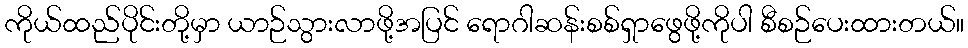
ကိုယ်ထည်ပိုင်းတို့မှာ ယာဉ်သွားလာဖို့အပြင် ရောဂါဆန်းစစ်ရှာဖွေဖို့ကိုပါ စီစဉ်ပေးထားတယ်။